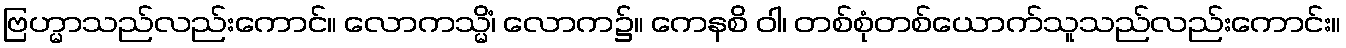
ဗြဟ္မာသည်လည်းကောင်။ လောကသ္မိံ၊ လောက၌။ ကေနစိ ဝါ၊ တစ်စုံတစ်ယောက်သူသည်လည်းကောင်း။